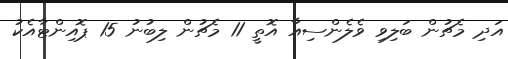
އަދި މެޗުން ބަލިވި ވެލެންސިއާ އޮތީ 11 މެޗުން ލިބުނު 15 ޕޮއިންޓާއެކު